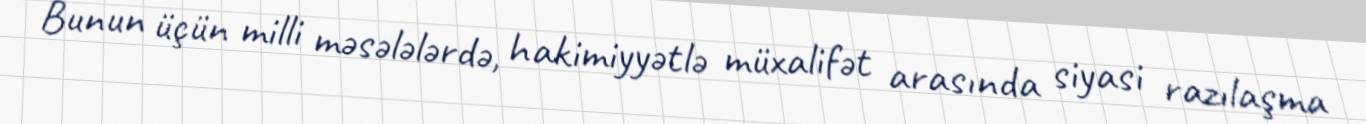
Bunun üçün milli məsələlərdə, hakimiyyətlə müxalifət arasında siyasi razılaşma